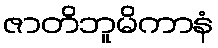
ဇာတိဘူမိကာနံ